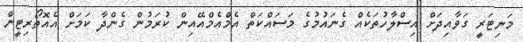
މަނިޓަރީ ގަވާއިދަށް އިސްލާހުތަކެއް ގެނައުމުގެ މަސައްކަތް އެމްއެމްއޭއިން ކުރަމުން ގެންދާ ކަމަށް އެއޮތޯރިޓީން